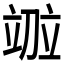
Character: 𫁤